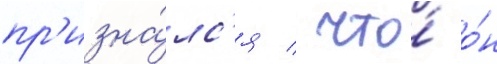
пр'изна́лс'я / что́ о́н